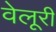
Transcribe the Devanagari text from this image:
वेलूरी